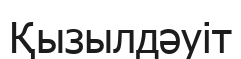
Қызылдәуіт